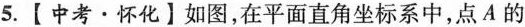
5.【中考·怀化】如图，在平面直角坐标系中，点A的